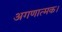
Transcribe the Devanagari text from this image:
अगणात्मक।